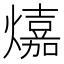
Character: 𤐵